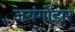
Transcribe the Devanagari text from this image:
जयंगोंडार